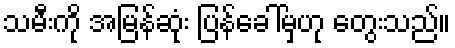
သမီးကို အမြန်ဆုံး ပြန်ခေါ်မှဟု တွေးသည်။